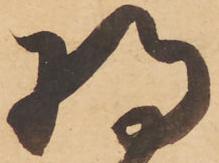
将